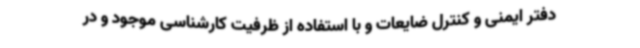
دفتر ایمنی و کنترل ضایعات و با استفاده از ظرفیت کارشناسی موجود و در